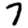
Digit: 7